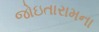
જોઇતારામના